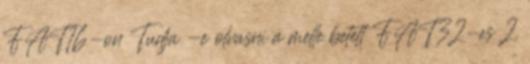
FAT16-on Tudja -e olvasni a melle betett FAT32-es 2.